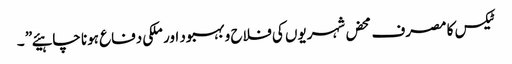
ٹیکس کا مصرف محض شہریوں کی فلاح و بہبود اور ملکی دفاع ہونا چاہیئے” ۔